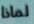
لماذا